Report on the nature of kala-azar
Disease focus: Kala-Azar
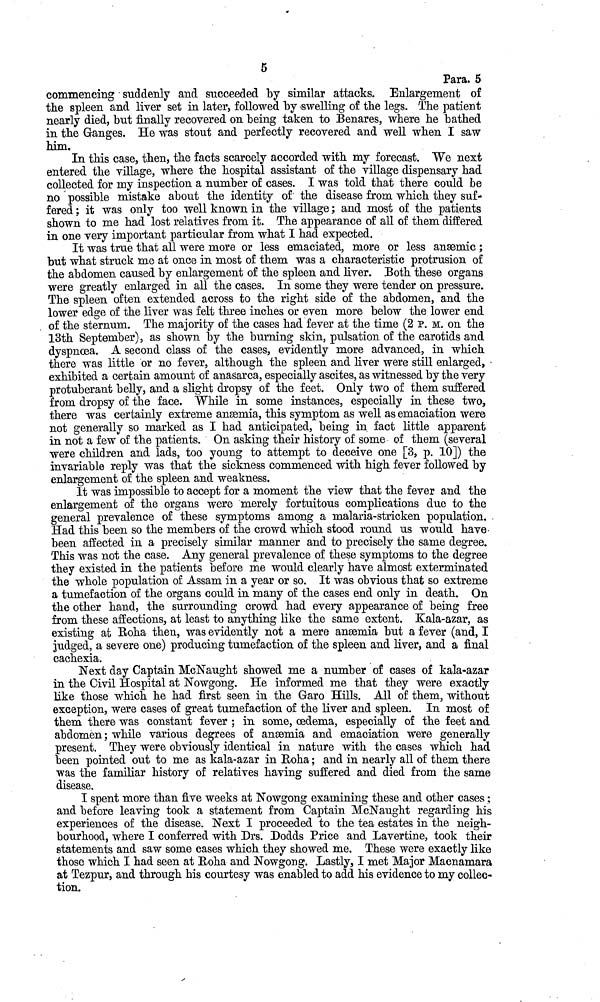
5
Para. 5
commencing suddenly and succeeded by similar attacks. Enlargement of
the spleen and liver set in later, followed "by 'Swelling of the legs. The patient
nearly died, but finally recovered on being taken to Benares, where he bathed
in the Ganges. He was stout and perfectly recovered and well when I saw
him.
In this case, then, the facts scarcely accorded with my forecast. We next
entered the village, where the hospital assistant of the village dispensary had
collected for my inspection a number of cases. I was told that there could be
no possible mistake about the identity of the disease from which they suf-
fered ; it was only too well known in the village ; and most of the patients
shown to me had lost relatives from it. The appearance of all of them differed
in one very important particular from what I had expected.
It was true that all were more or less emaciated, more or less anæmic ;
but what struck me at once in most of them was a characteristic protrusion of
the abdomen caused by enlargement of the spleen and liver. Both these organs
were greatly enlarged in all the cases. In some they were tender on pressure.
The spleen often extended across to the right side of the abdomen, and the
lower edge of the liver was felt three inches or even more below the lower end
of the sternum. The majority of the cases had fever at the time (2 P. M. on the
13th September), as shown by the burning skin, pulsation of the carotids and
dyspnœa. A second class of the cases, evidently more advanced, in which
there was little or no fever, although the spleen and liver were still enlarged,
exhibited a certain amount of anasarca, especially ascites, as witnessed by the very
protuberant belly, and a slight dropsy of the feet. Only two of them suffered
from dropsy of the face. While in some instances, especially in these two,
there was certainly extreme anæmia, this symptom as well as emaciation were
not generally so marked as I had anticipated, being in fact little apparent
in not a few of the patients. On asking their history of some of them (several
were children and lads, too young to attempt to deceive one [3, p. 10]) the
invariable reply was that the sickness commenced with high fever followed by
enlargement of the spleen and weakness.
It was impossible to accept for a moment the view that the fever and the
enlargement of the organs were merely fortuitous complications due to the
general prevalence of these symptoms among a malaria-stricken population.
Had this been so the members of the crowd which stood round us would have
been affected in a precisely similar manner and to precisely the same degree.
This was not the case. Any general prevalence of these symptoms to the degree
they existed in the patients before me would clearly have almost exterminated
the whole population of Assam in a year or so. It was obvious that so extreme
a tumefaction of the organs could in many of the cases end only in death. On
the other hand, the surrounding crowd had every appearance of being free
from these affections, at least to anything like the same extent. Kala-azar, as
existing at Roha then, was evidently not a mere anæmia but a fever (and, I
judged, a severe one) producing tumefaction of the spleen and liver, and a final
cachexia.
Next day Captain McNaught showed me a number of cases of kala-azar
in the Civil Hospital at Nowgong. He informed me that they were exactly
like those which he had first seen in the Garo Hills. All of them, without
exception, were cases of great tumefaction of the liver and spleen. In most of
them there was constant fever ; in some, œdema, especially of the feet and
abdomen ; while various degrees of anæmia and emaciation were generally
present. They were obviously identical in nature with the cases which had
been pointed out to me as kala-azar in Roha ; and in nearly all of them there
was the familiar history of relatives having suffered and died from the same
disease.
I spent more than five weeks at Nowgong examining these and other cases ;
and before leaving took a statement from Captain McNaught regarding his
experiences of the disease. Next I proceeded to the tea estates in the neigh-
bourhood, where I conferred with Drs. Dodds Price and Lavertine, took their
statements and saw some cases which they showed me. These were exactly like
those which I had seen at Roha and Nowgong. Lastly, I met Major Macnamara
at Tezpur, and through his courtesy was enabled to add his evidence to my collec-
tion.